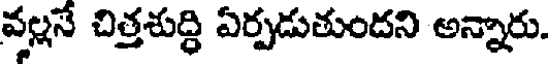
వల్లనే చిత్తశుద్ధి ఏర్పడుతుందని అన్నారు.